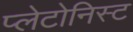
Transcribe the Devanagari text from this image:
प्लेटोनिस्ट